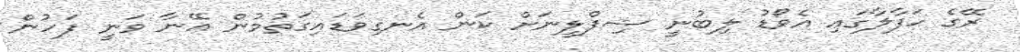
ރޭގެ ހަފާލާގައި އެވޯޑު ލިބުނީ ޝިފްލީނަށް ކަން އެނގިވަޑައިގަތުމުން އޭނާ ވަނީ ފަހުން